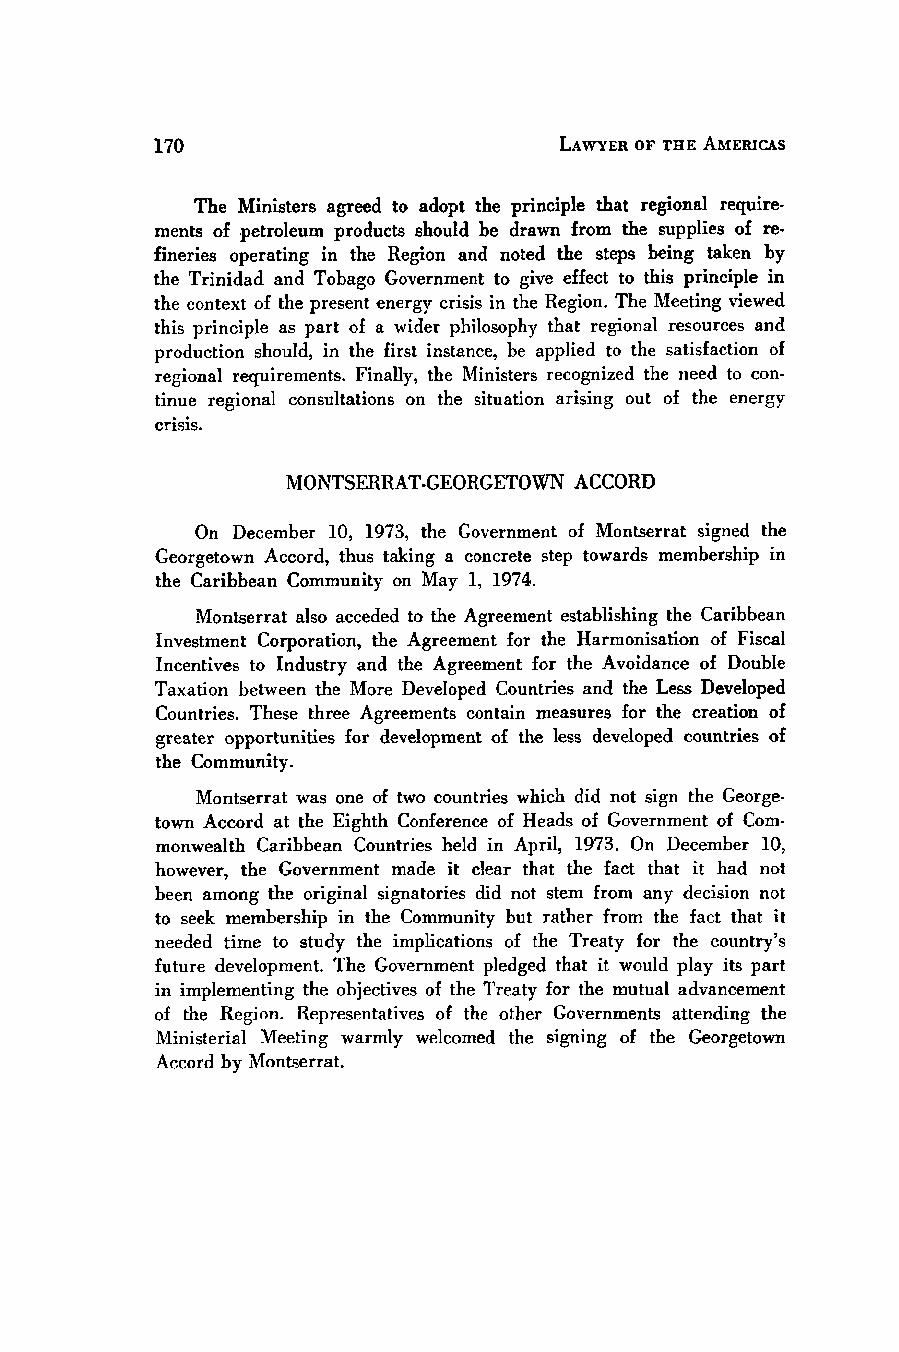
LAWYER OF THE AMERICAS
 The Ministers agreed to adopt the principle that regional require-
 ments of petroleum products should be drawn from the supplies of re-
 fineries operating in the Region and noted the steps being taken by
 the Trinidad and Tobago Government to give effect to this principle in
 the context of the present energy crisis in the Region. The Meeting viewed
 this principle as part of a wider philosophy that regional resources and
 production should, in the first instance, be applied to the satisfaction of
 regional requirements. Finally, the Ministers recognized the need to con-
 tinue regional consultations on the situation arising out of the energy
 crisis.
 MONTSERRAT-GEORGETOWN ACCORD
 On December 10, 1973, the Government of Montserrat signed the
 Georgetown Accord, thus taking a concrete step towards membership in
 the Caribbean Community on May 1, 1974.
 Montserrat also acceded to the Agreement establishing the Caribbean
 Investment Corporation, the Agreement for the Harmonisation of Fiscal
 Incentives to Industry and the Agreement for the Avoidance of Double
 Taxation between the More Developed Countries and the Less Developed
 Countries. These three Agreements contain measures for the creation of
 greater opportunities for development of the less developed countries of
 the Community.
 Montserrat was one of two countries which did not sign the George-
 town Accord at the Eighth Conference of Heads of Government of Com-
 monwealth Caribbean Countries held in April, 1973. On December 10,
 however, the Government made it clear that the fact that it had not
 been among the original signatories did not stem from any decision not
 to seek membership in the Community but rather from the fact that it
 needed time to study the implications of the Treaty for the country's
 future development. The Government pledged that it would play its part
 in implementing the objectives of the Treaty for the mutual advancement
 of the Region. Representatives of the other Governments attending the
 Ministerial Meeting warmly welcomed the signing of the Georgetown
 Accord by Montserrat.